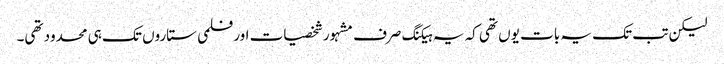
لیکن تب تک یہ بات یوں تھی کہ یہ ہیکنگ صرف مشہور شخصیات اور فلمی ستاروں تک ہی محدود تھی۔